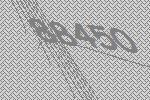
88450